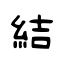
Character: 結